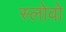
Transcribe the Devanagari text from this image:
स्लोवो